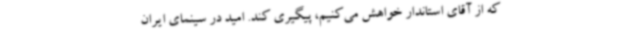
که از آقای استاندار خواهش می‌کنیم، پیگیری کند. امید در سینمای ایران